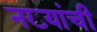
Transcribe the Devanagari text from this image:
नख्यांची